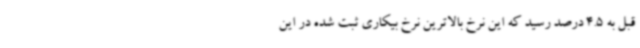
قبل به 4.5 درصد رسید که این نرخ بالاترین نرخ بیکاری ثبت شده در این